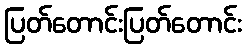
ပြတ်တောင်းပြတ်တောင်း